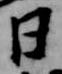
日